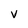
Character: v